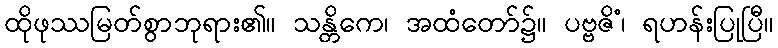
ထိုဖုဿမြတ်စွာဘုရား၏။ သန္တိကေ၊ အထံတော်၌။ ပဗ္ဗဇိံ၊ ရဟန်းပြုပြီ။